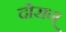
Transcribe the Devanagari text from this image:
दोरान्